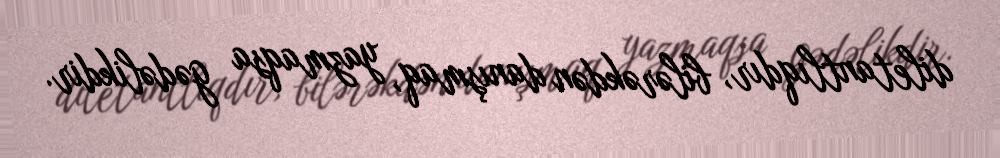
diletantlıqdır, bilərəkdən danışmaq, yazmaqsa gədəlikdir.